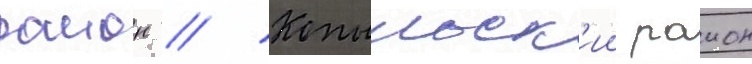
раион // Копыльск'ии раион